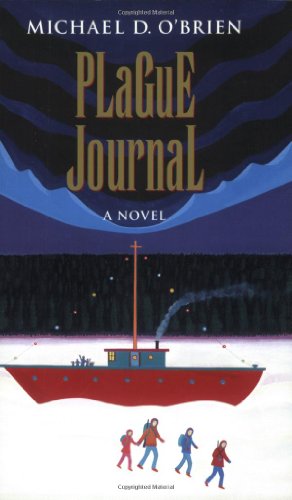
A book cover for Plague Journal (Children of the Last Days); Michael D. O'Brien; Christian Books & Bibles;